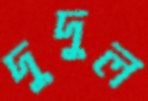
দুদুল